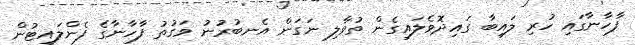
ފާހާނާގައި ހުރި ލައިބާ ގައިދޮވެލައިގެން ތުވާލި ނަގަން އެނބުރުނު ވަގުތު ފާހާނާގެ ފެންލައިޓުން